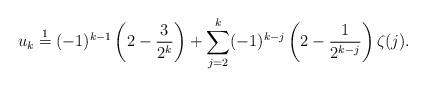
LaTeX: \begin{align*}u_{k} \stackrel{1}{=} (-1)^{k-1} \left(2 - \frac{3}{2^k} \right) + \sum_{j=2}^{k} (-1)^{k-j} \left(2 -\frac{1}{2^{k-j}} \right) \zeta(j).\end{align*}